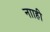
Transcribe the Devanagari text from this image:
नााही